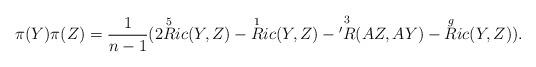
LaTeX: \begin{align*}\pi (Y) \pi (Z) = \frac{1}{n-1} ( 2\overset{5}{R}ic (Y,Z) - \overset{1}{R}ic (Y,Z) - \overset{3}{'R} (AZ,AY) - \overset{g}{R}ic (Y,Z)).\end{align*}